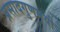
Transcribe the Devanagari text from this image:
प्रसादगुणमयी